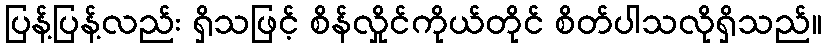
ပြန့်ပြန့်လည်း ရှိသဖြင့် စိန်လှိုင်ကိုယ်တိုင် စိတ်ပါသလိုရှိသည်။